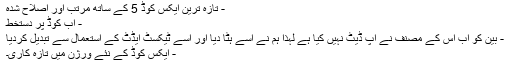
- تازہ ترین ایکس کوڈ 5 کے ساتھ مرتب اور اصلاح شدہ
- اب کوڈ پر دستخط
- بین کو اب اس کے مصنف نے اپ ڈیٹ نہیں کیا ہے لہذا ہم نے اسے ہٹا دیا اور اسے ٹیکسٹ ایڈٹ کے استعمال سے تبدیل کردیا
- ایکس کوڈ کے نئے ورژن میں تازہ کاری۔